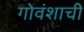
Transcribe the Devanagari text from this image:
गोवंशाची